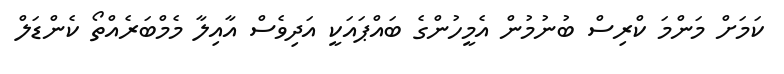
ކަމަށް މަންމަ ކްރިސް ބުނުމުން އެމީހުންގެ ބައްޕައަކީ އަދިވެސް އާއިލާ މެމްބަރެއްތޯ ކެންޑަލް